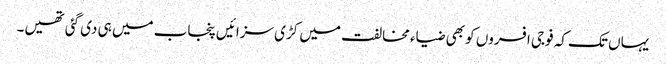
یہاں تک کہ فوجی افسروں کو بھی ضیاء مخالفت میں کڑی سزائیں پنجاب میں ہی دی گئی تھیں۔